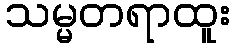
သမ္မတရာထူး